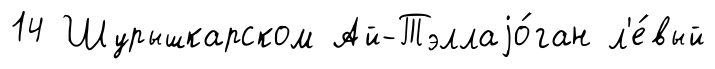
14 Шурышкарском Ай-Тэллаjо́ган л'е́вый